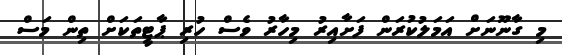
މި ގާނޫނަށް އަމަލުކުރަން ފަށާއިރު މިހާރު ވެސް ހުރި ޕާޓީތަކަށް ތިން މަސް